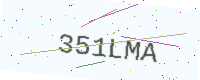
Text: 351LMA